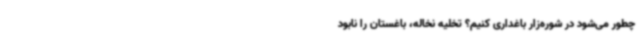
چطور می‌شود در شوره‌زار باغداری کنیم؟ تخلیه نخاله، باغستان را نابود